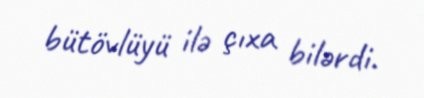
bütövlüyü ilə çıxa bilərdi.